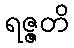
ရဇ္ဇတိ